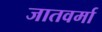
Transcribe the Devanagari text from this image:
जातवर्मा